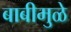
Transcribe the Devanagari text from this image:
बाबीमुळे